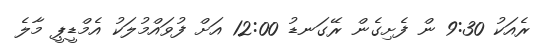
ރެއަކު 9:30 ން ފެށިގެން ރޭގަނޑު 12:00 އަށް ފުވައްމުލަކު އެމްޑީޕީ މާލެ